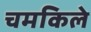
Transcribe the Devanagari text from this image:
चमकिले